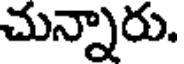
చున్నారు.